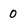
Character: O